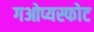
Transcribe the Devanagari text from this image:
गओप्यस्फोट